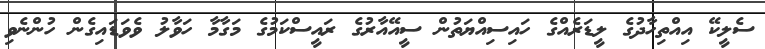
ސެލީކޭ އިއްތިހާދުގެ ލީޑަރެއްގެ ހައިސިއްޔަތުން ސީއޭއާރުގެ ރައީސްކަމުގެ މަގާމާ ހަވާލު ވެވަޑައިގެން ހުންނެވި